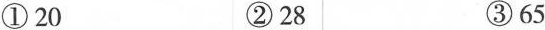
①20②28③65